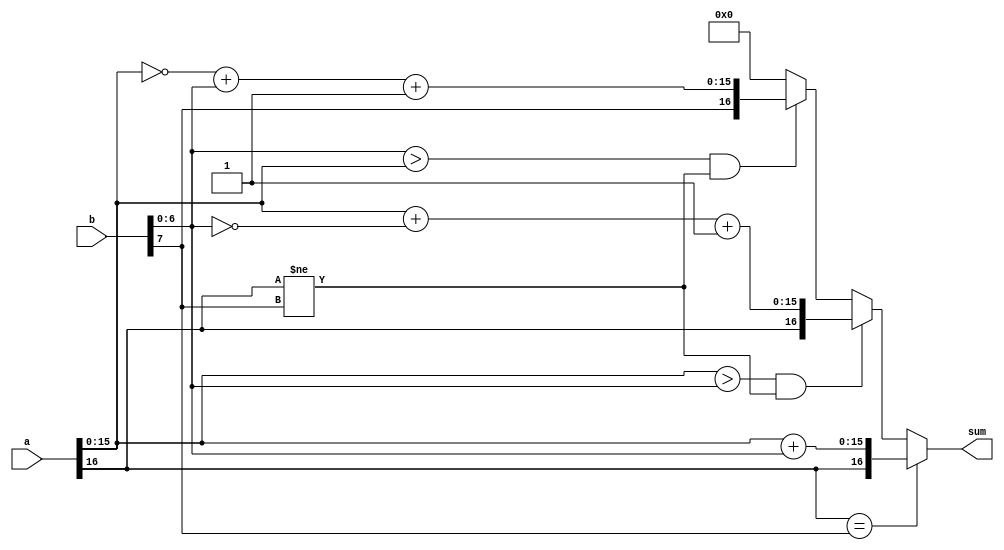
// Eric Yeats / Brady Taylor

// Final Project
// Module that just adds

module just_add (a, b, sum);
	
	parameter numwidth = 16;
	input [numwidth:0] a;
	input [7:0] b;
	output [numwidth:0] sum; 

	wire [numwidth:0] a;
	wire [7:0] b;
	wire [numwidth:0] sum;

	assign sum = 				
						(((a[numwidth] == b[7])) ? 
							{a[numwidth], a[numwidth-1:0] + b[6:0]} : 
							(((a[numwidth-1:0] > b[6:0]) && (a[numwidth] != b[7])) ? 
								{a[numwidth], a[numwidth-1:0] + ~b[6:0] + 1'b1} : 
								(((b[6:0] > a[numwidth-1:0]) && (a[numwidth] != b[7])) ? 
									{b[7], ~a[numwidth-1:0] + b[6:0] + 1'b1} : 
									0)));

endmodule